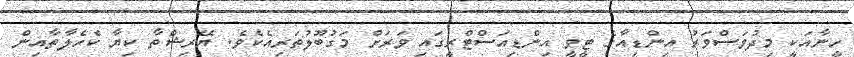
ހީނާއަކީ މިދުވަސްވަރު އިންޑިއާގެ ޓީވީ އިންޑިއަސްޓްރީގައި ވަރަށް މަގުބޫލުތަރިއެެކެވެ. ޔޭރިޝްތާ ކިޔާ ކެހެލާތާއިން